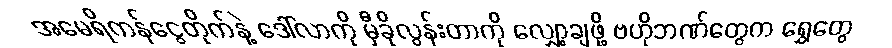
အမေရိကန်ငွေတိုက်နဲ့ ဒေါ်လာကို မှီခိုလွန်းတာကို လျှော့ချဖို့ ဗဟိုဘဏ်တွေက ရွှေတွေ